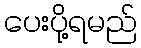
ပေးပို့ရမည်